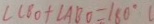
\angle C B O + \angle A B O = 1 8 0 ^ { \circ }